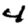
Digit: 4